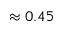
\approx 0 . 4 5